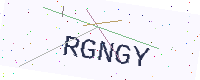
Text: RGNGY